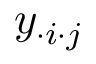
y _ { \cdot i \cdot j }